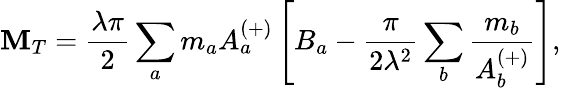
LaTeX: \mathbf{M}_{T}=\frac{{\lambda\pi}}{{2}}\sum_{a}m_{a}A_{a}^{(+)}\left[B_{a}-\frac{{\pi}}{{2\lambda^{2}}}\sum_{b}\frac{{m_{b}}}{{A_{b}^{(+)}}}\right],